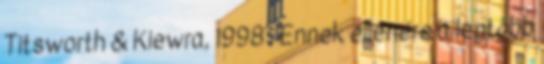
Titsworth & Kiewra, 1998 . Ennek ellenére a legtöbb